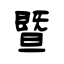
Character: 暨